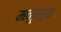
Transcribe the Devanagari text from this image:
मनुस्य